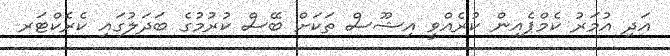
އަދި އުމަރު ކެމްޕެއިން ކުރެއްވީ އިޝޫސް ތަކަށް ބޭސް ކުރުމުގެ ބަދަލުގައި ކެރެކްޓަރ